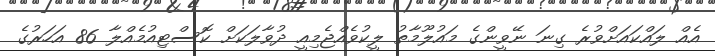
އެއް ލައްކައަށްވުރެ ގިނަ ނޭވީންގެ މައުލޫމާތު ލީކުވެއްޖެމިއީ ދުވާލަކަށް ކޮސްޓިއުމެއްލާ 86 އަހަރުގެ